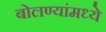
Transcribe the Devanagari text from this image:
बोलण्यांमध्ये